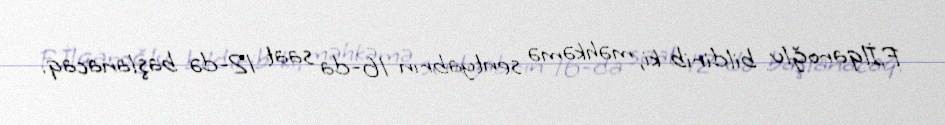
F.İlqaroğlu bildirib ki, məhkəmə sentyabrın 16-da saat 12-də başlanacaq.